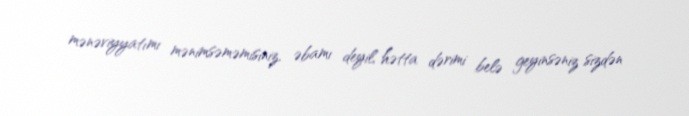
mənəviyyatımı mənimsəməmisiniz, əbamı deyil, hətta dərimi belə geyinsəniz sizdən